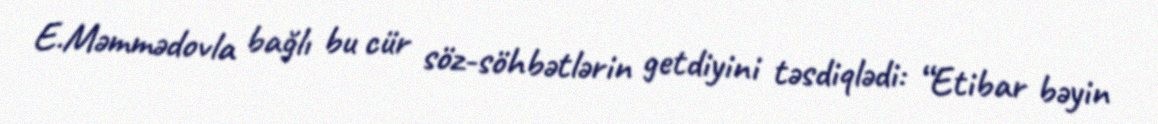
E.Məmmədovla bağlı bu cür söz-söhbətlərin getdiyini təsdiqlədi: “Etibar bəyin